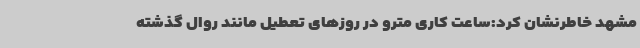
مشهد خاطرنشان کرد:ساعت کاری مترو در روزهای تعطیل مانند روال گذشته